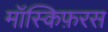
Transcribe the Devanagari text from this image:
मॉस्किफ़रस